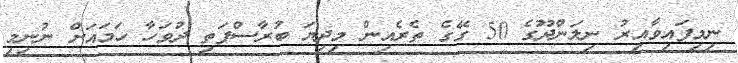
ނިމިފައިވާއިރު ނިލަންދޫގެ 50 ގޭގެ ތެރެއިން މިދިޔަ ބުރާސްފަތި ދުވަހާ ހަމައަށް ނުނިމި